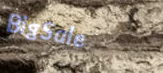
BigSale